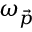
\omega _ { \vec { p } }